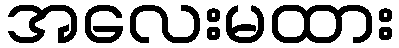
အလေးမထား